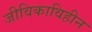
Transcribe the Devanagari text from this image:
जीविकाविहीन